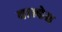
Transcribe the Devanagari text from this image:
वाल्डेस